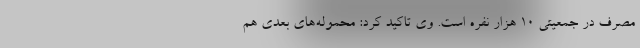
مصرف در جمعیتی ۱۰ هزار نفره است. وی تاکید کرد: محموله‌های بعدی هم